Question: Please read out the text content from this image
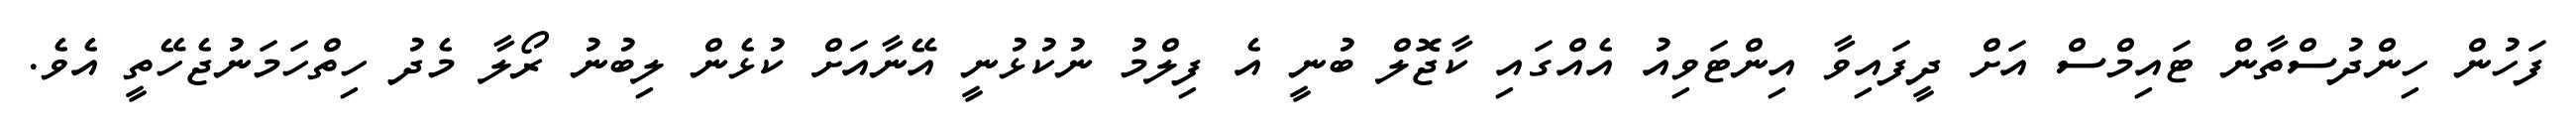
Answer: ފަހުން ހިންދުސްތާން ޓައިމްސް އަށް ދީފައިވާ އިންޓަވިއު އެއްގައި ކާޖޮލް ބުނީ އެ ފިލްމު ނުކުޅުނީ އޭނާއަށް ކުޅެން ލިބުނު ރޯލާ މެދު ހިތްހަމަނުޖެހޭތީ އެވެ.